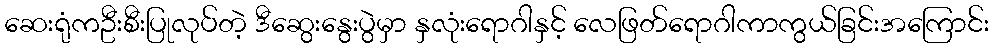
ဆေးရုံကဦးစီးပြုလုပ်တဲ့ ဒီဆွေးနွေးပွဲမှာ နှလုံးရောဂါနှင့် လေဖြတ်ရောဂါကာကွယ်ခြင်းအကြောင်း